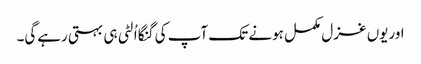
اوریوں غزل مکمل ہونے تک آپ کی گنگا اُلٹی ہی بہتی رہےگی۔